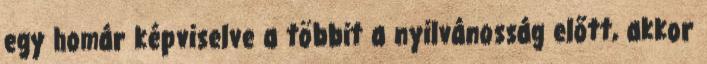
egy homár képviselve a többit a nyilvánosság előtt, akkor